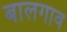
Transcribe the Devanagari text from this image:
बालगाव